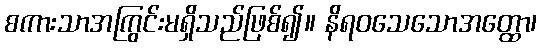
စကားသာအကြွင်းမရှိသည်ဖြစ်၍။ နိရဝသေသောအတ္ထော၊